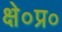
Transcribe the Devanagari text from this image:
क्षे०प्र०